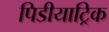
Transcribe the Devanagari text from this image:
पिडीयाट्रिक